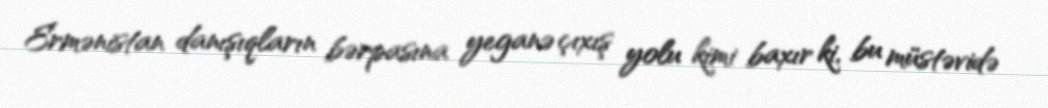
Ermənistan danışıqların bərpasına yeganə çıxış yolu kimi baxır ki, bu müstəvidə